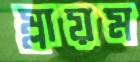
ম্লায়ম